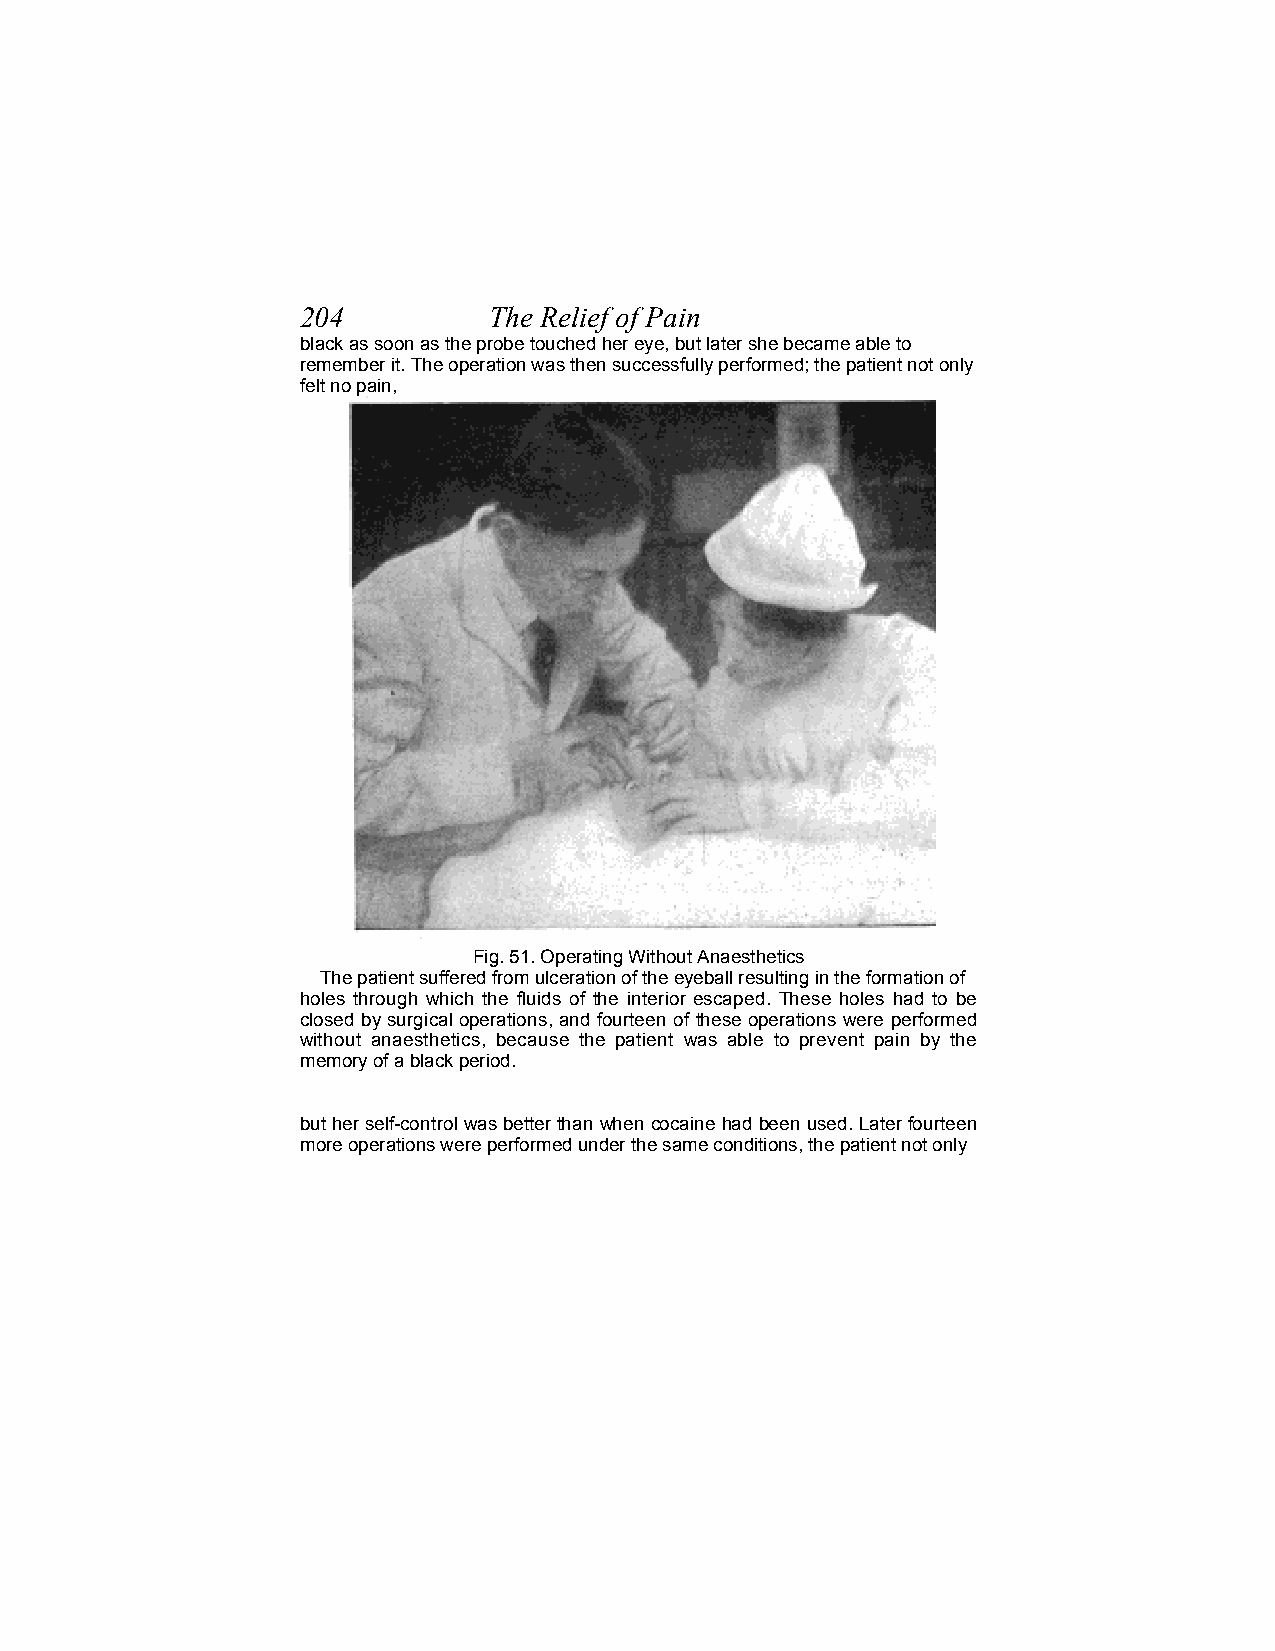
204         The Relief of Pain
 black as soon as the probe touched her eye, but later she became able to
 remember it. The operation was then successfully performed; the patient not only
 felt no pain,
 Fig. 51. Operating Without Anaesthetics
 The patient suffered from ulceration of the eyeball resulting in the formation of
 holes through which the fluids of the interior escaped. These holes had to be
 closed by surgical operations, and fourteen of these operations were performed
 without anaesthetics, because the patient was able to prevent pain by the
 memory of a black period.
 but her self-control was better than when cocaine had been used. Later fourteen
 more operations were performed under the same conditions, the patient not only